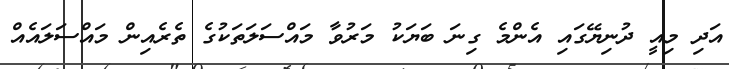
އަދި މިއީ ދުނިޔޭގައި އެންމެ ގިނަ ބަޔަކު މަރުވާ މައްސަލަތަކުގެ ތެރެއިން މައްސަލައެއް